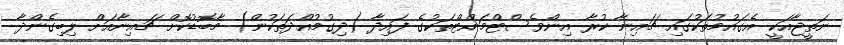
ނަތީޖާއަކީ އެގައުމުތަކުގައި ޗައިނާ ކުރާ އިންވެސްޓްމަންޓްތަކުގެ ފައިދާ (ދިގުމުއްދަތަކުން) މާބޮޑުކޮށް ޗައިނާއަށް ލިބިގެންދާ